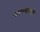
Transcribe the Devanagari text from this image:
पांघरण्यासाठी